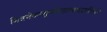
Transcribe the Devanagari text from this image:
मित्रमेकाशुगनिहतपतद्वालिनो